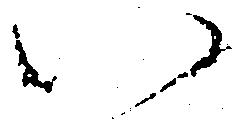
い